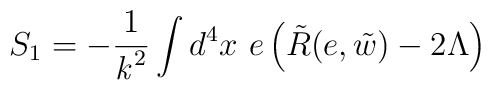
S_1 =  - \frac{1}{{\it k}^2} \int d^4 x~ e\left( \tilde R(e, \tilde w) - 2 \Lambda \right)